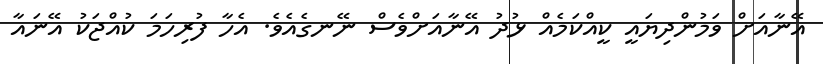
އޭނާއަށް ވަމުންދިޔައީ ކީއްކަމެއް ޅުދު އޭނާއަށްވެސް ނޭނގެއެވެ. އެހާ ފުރިހަމަ ކުއްޖަކު އޭނައާ